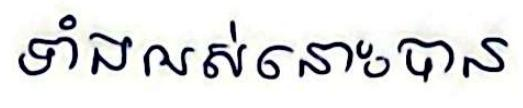
ទាំងអស់នោះបាន